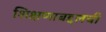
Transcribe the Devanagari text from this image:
शिक्षणाबद्दलची